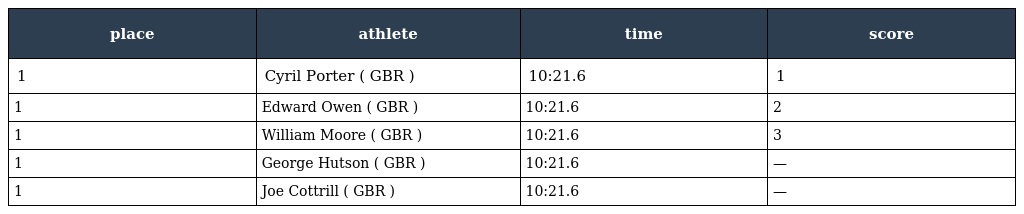
| place | athlete | time | score |
 | --- | --- | --- | --- |
 | 1 | Cyril Porter ( GBR ) | 10:21.6 | 1 |
 | 1 | Edward Owen ( GBR ) | 10:21.6 | 2 |
 | 1 | William Moore ( GBR ) | 10:21.6 | 3 |
 | 1 | George Hutson ( GBR ) | 10:21.6 | — |
 | 1 | Joe Cottrill ( GBR ) | 10:21.6 | — |